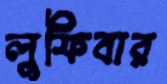
লুফিবার